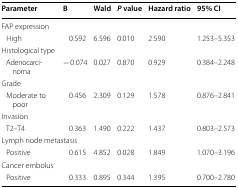
<table><thead><tr><td><b>Parameter</b></td><td><b>B</b></td><td><b>Wald</b></td><td><b><i>P</i> value</b></td><td><b>Hazard ratio</b></td><td><b>95% CI</b></td></tr></thead><tbody><tr><td colspan="6">FAP expression</td></tr><tr><td> High</td><td>0.592</td><td>6.596</td><td>0.010</td><td>2.590</td><td>1.253–5.353</td></tr><tr><td colspan="6">Histological type</td></tr><tr><td> Adenocarcinoma</td><td>− 0.074</td><td>0.027</td><td>0.870</td><td>0.929</td><td>0.384–2.248</td></tr><tr><td colspan="6">Grade</td></tr><tr><td> Moderate to poor</td><td>0.456</td><td>2.309</td><td>0.129</td><td>1.578</td><td>0.876–2.841</td></tr><tr><td colspan="6">Invasion</td></tr><tr><td> T2–T4</td><td>0.363</td><td>1.490</td><td>0.222</td><td>1.437</td><td>0.803–2.573</td></tr><tr><td colspan="6">Lymph node metastasis</td></tr><tr><td> Positive</td><td>0.615</td><td>4.852</td><td>0.028</td><td>1.849</td><td>1.070–3.196</td></tr><tr><td colspan="6">Cancer embolus</td></tr><tr><td> Positive</td><td>0.333</td><td>0.895</td><td>0.344</td><td>1.395</td><td>0.700–2.780</td></tr></tbody></table>